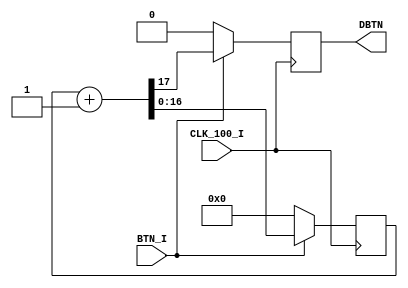
`timescale 1ns / 1ps
//////////////////////////////////////////////////////////////////////////////////
// Company: 
// Engineer: 
// 
// Design Name: 
// Module Name: BTN_CONT
// Project Name: 
// Target Devices: 
// Tool Versions: 
// Description: 
// 
// Dependencies: 
// 
// Revision:
// Revision 0.01 - File Created
// Additional Comments:
// 
//////////////////////////////////////////////////////////////////////////////////


module BTN_CONT(
    input CLK_100_I,
    input  BTN_I, 
    output reg DBTN
    );
    reg [16:0] b0;
    
always @ (posedge CLK_100_I)
    begin
        if (BTN_I)
            begin
            {DBTN, b0} <= b0 +1;
            end
        else
            begin
                DBTN <= 0;
                b0 <= 0;
            end
     end 

endmodule